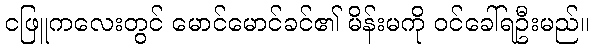
ငဖြူကလေးတွင် မောင်မောင်ခင်၏ မိန်းမကို ဝင်ခေါ်ရဦးမည်။